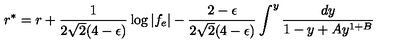
r ^ { * } = r + { \frac { 1 } { 2 \sqrt 2 ( 4 - \epsilon ) } } \log | f _ { e } | - { \frac { 2 - \epsilon } { 2 \sqrt 2 ( 4 - \epsilon ) } } \int ^ { y } { \frac { d y } { 1 - y + A y ^ { 1 + B } } }